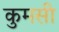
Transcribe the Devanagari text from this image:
कुमसी